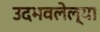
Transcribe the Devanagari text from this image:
उदभवलेल्या